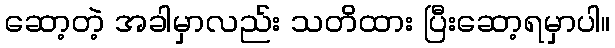
ဆော့တဲ့ အခါမှာလည်း သတိထား ပြီးဆော့ရမှာပါ။